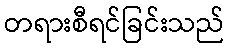
တရားစီရင်ခြင်းသည်